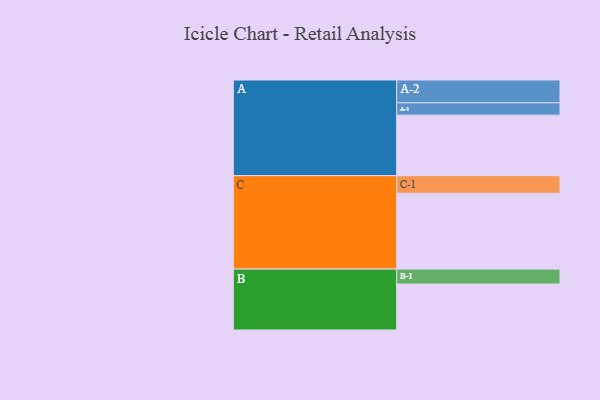
{"axis": {"x": "Segment", "y": "Value"}, "legend": ["", "A", "B", "C"], "data": [{"x": "A", "y": 470, "type": ""}, {"x": "B", "y": 357, "type": ""}, {"x": "C", "y": 589, "type": ""}, {"x": "A-1", "y": 96, "type": "A"}, {"x": "A-2", "y": 177, "type": "A"}, {"x": "B-1", "y": 116, "type": "B"}, {"x": "C-1", "y": 137, "type": "C"}]}